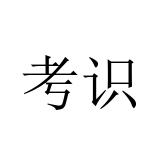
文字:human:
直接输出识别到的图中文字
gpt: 考识